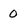
Character: O